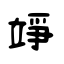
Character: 竫